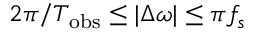
2 \pi / T _ { \mathrm { o b s } } \leq | \Delta \omega | \leq \pi f _ { s }